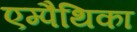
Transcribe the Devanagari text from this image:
एम्पैथिका